Insane asylums Bombay 1873-77 - 1873-1877
Year: 1873
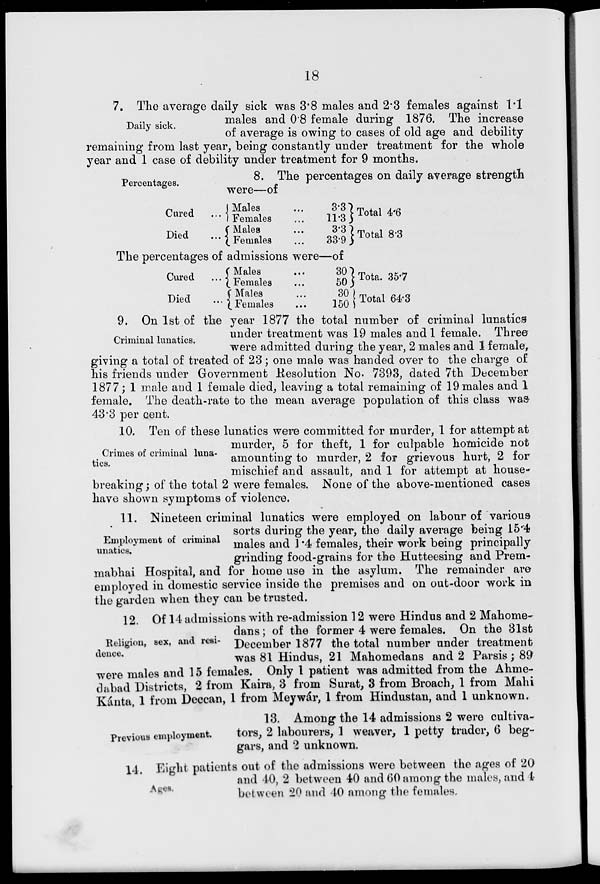
18
Daily sick.
7. The average daily sick was 3.8 males and 2.3 females against 1.1
males and 0.8 female during 1876. The increase
of average is owing to cases of old age and debility
remaining from last year, being constantly under treatment for the whole
year and 1 case of debility under treatment for 9 months.
Percentages.
8. The percentages on daily average strength
were—of
Cured...
Died ...
Males ...
Females ...
Males ...
Females ...
3.3
11.3
3.3
33.9
Total 4.6
Total 8.3
The percentages of admissions were—of
Cured ...
Died ...
Males ...
Females ...
Males ...
Females ...
30
50
30
150
Total 35.7
Total 64.3
Criminal lunatics.
9. On 1st of the year 1877 the total number of criminal lunatics
under treatment was 19 males and 1 female. Three
were admitted during the year, 2 males and 1 female,
giving a total of treated of 23; one male was handed over to the charge of
his friends under Government Resolution No. 7393, dated 7th December
1877; 1 male and 1 female died, leaving a total remaining of 19 males and 1
female. The death-rate to the mean average population of this class was
43.3 per cent.
Crimes of criminal luna-
tics.
10. Ten of these lunatics were committed for murder, 1 for attempt at
murder, 5 for theft, 1 for culpable homicide not
amounting to murder, 2 for grievous hurt, 2 for
mischief and assault, and 1 for attempt at house-
breaking; of the total 2 were females. None of the above-mentioned cases
have shown symptoms of violence.
Employment of criminal
unatics.
11. Nineteen criminal lunatics were employed on labour of various
sorts during the year, the daily average being 15.4
males and 1.4 females, their work being principally
grinding food-grains for the Hutteesing and Prem-
mabhai Hospital, and for home use in the asylum. The remainder are
employed in domestic service inside the premises and on out-door work in
the garden when they can be trusted.
Religion, sex, and resi-
dence.
12. Of 14 admissions with re-admission 12 were Hindus and 2 Mahome-
dans; of the former 4 were females. On the 31st
December 1877 the total number under treatment
was 81 Hindus, 21 Mahomedans and 2 Parsis; 89
were males and 15 females. Only 1 patient was admitted from the Ahme-
dabad Districts, 2 from Kaira, 3 from Surat, 3 from Broach, 1 from Mahi
Kánta, 1 from Deccan, 1 from Meywár, 1 from Hindustan, and 1 unknown.
Previous employment.
13. Among the 14 admissions 2 were cultiva-
tors, 2 labourers, 1 weaver, 1 petty trader, 6 beg-
gars, and 2 unknown.
Ages.
14. Eight patients out of the admissions were between the ages of 20
and 40, 2 between 40 and 60 among the males, and 4
between 20 and 40 among the females.